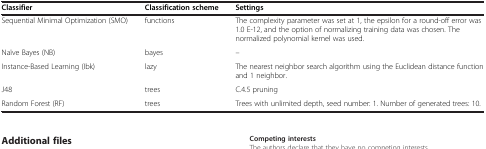
<table><thead><tr><td><b>Classifier</b></td><td><b>Classification scheme</b></td><td><b>Settings</b></td></tr></thead><tbody><tr><td>Sequential Minimal Optimization (SMO)</td><td>functions</td><td>The complexity parameter was set at 1, the epsilon for a round-off error was 1.0 E-12, and the option of normalizing training data was chosen. The normalized polynomial kernel was used.</td></tr><tr><td>Naïve Bayes (NB)</td><td>bayes</td><td>–</td></tr><tr><td>Instance-Based Learning (Ibk)</td><td>lazy</td><td>The nearest neighbor search algorithm using the Euclidean distance function and 1 neighbor.</td></tr><tr><td>J48</td><td>trees</td><td>C.4.5 pruning</td></tr><tr><td>Random Forest (RF)</td><td>trees</td><td>Trees with unlimited depth, seed number: 1. Number of generated trees: 10.</td></tr></tbody></table>